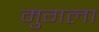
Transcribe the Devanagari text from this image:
मुगला